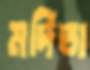
মর্দিতা